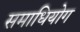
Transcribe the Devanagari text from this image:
समाधियोग